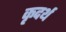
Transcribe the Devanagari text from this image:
कृदर्थ